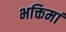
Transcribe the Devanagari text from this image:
भक्तिमां